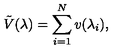
\tilde { V } ( \lambda ) = \sum _ { i = 1 } ^ { N } v ( \lambda _ { i } ) ,